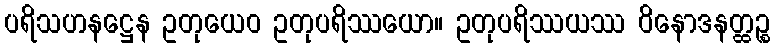
ပရိသဟနဋ္ဌေန ဥတုယေဝ ဥတုပရိဿယော။ ဥတုပရိဿယဿ ဝိနောဒနတ္ထဉ္စ